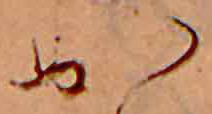
か